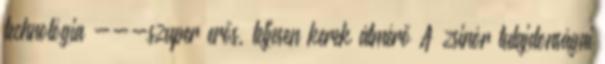
technológia ---szuper erős, teljesen kerek átmérő A zsinór tulajdonságai